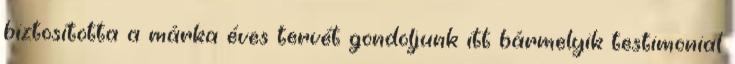
biztosította a márka éves tervét gondoljunk itt bármelyik testimonial